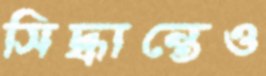
সিদ্ধান্তেও